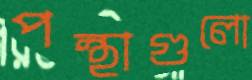
পন্থাগুলো